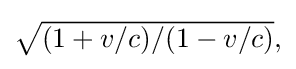
{\textstyle {\sqrt {(1+v/c)/(1-v/c)}},}